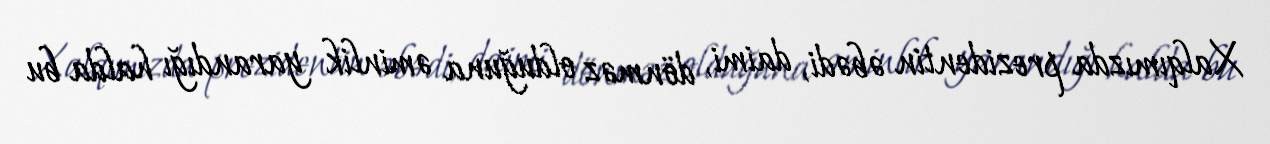
Xalqımızda prezidentin əbədi, daimi, dönməz olduğuna əminlik yarandığı halda bu